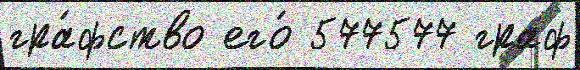
гра́фство его́ 577577 граф